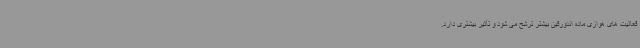
فعالیت های هوازی ماده اندورفین بیشتر ترشح می شود و تأثیر بیشتری دارد.